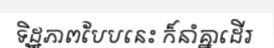
ទិដ្ឋភាពបែបនេះ ក៏នាំគ្នាដើរ